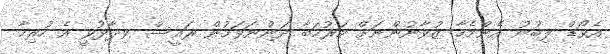
އެވޯޑް ލިބުނު އެންމެހާ ޒުވާނުންނަށް މަރުހަބާ ދަންނަވަމުން ރައީސް ވިދާޅުވީ އެ ހުރިހާ